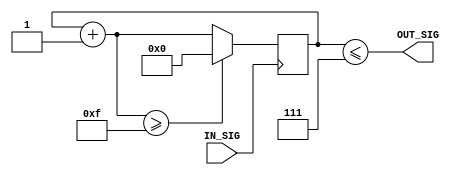
module clk_divider_4 #
    (
        parameter DIVIDER = 15
    )
    (
        input IN_SIG,
        output wire OUT_SIG
    );
    function integer clogb2 (input integer bit_depth);
      begin
        for(clogb2=0; bit_depth>0; clogb2=clogb2+1)
          bit_depth = bit_depth >> 1;
      end
    endfunction
    localparam BITS = clogb2(DIVIDER-1);
    localparam MAX = 1 << BITS;
    localparam integer HIGH = DIVIDER / 2;
    reg [BITS:0] counter = 0;
    always @(posedge IN_SIG)
    begin
        counter = counter + 1;
        if (counter >= DIVIDER) begin
            counter = 0;
        end
    end
    assign OUT_SIG = (counter <= HIGH);
endmodule